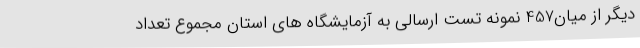
دیگر از میان457 نمونه تست ارسالی به آزمایشگاه های استان مجموع تعداد